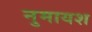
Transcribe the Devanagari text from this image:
नुमायश